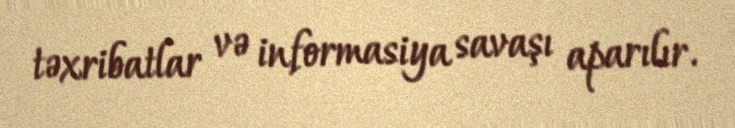
təxribatlar və informasiya savaşı aparılır.